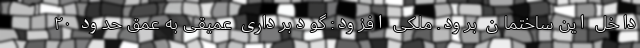
داخل این ساختمان برود. ملکی افزود: گودبرداری عمیقی به عمق حدود ٢٠